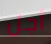
أجل